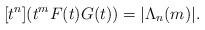
LaTeX: \begin{align*} [t^{n}](t^{m}F(t)G(t))=|\Lambda_{n}(m)|.\end{align*}